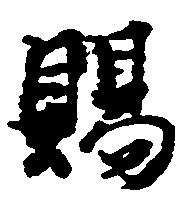
賜